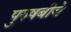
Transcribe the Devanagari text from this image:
पुरुषबीजे